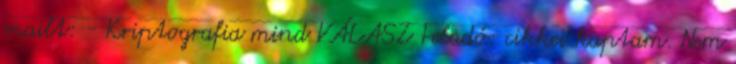
mailt: - Kriptografia mind VÁLASZ Feladó: cikkei kaptam. Nem